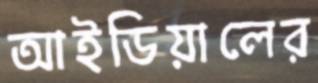
আইডিয়ালের